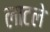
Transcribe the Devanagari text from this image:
लाटले